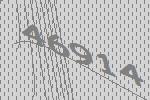
46914